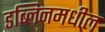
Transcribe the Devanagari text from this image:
डब्लिनमधील